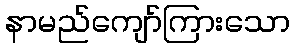
နာမည်ကျော်ကြားသော